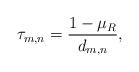
LaTeX: \begin{align*}\tau_{m,n}=\frac{1-\mu_R}{d_{m,n}},\end{align*}